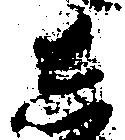
し